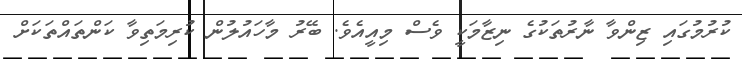
ކުރުމުގައި ޒިންވާ ނާރުތަކުގެ ނިޒާމަކީ ވެސް މިއީއެވެ. ބޭރު މާހައުލުން ކުރިމަތިވާ ކަންތައްތަކަށް